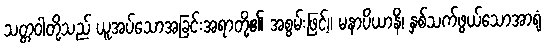
သတ္တဝါတို့သည် ယူအပ်သောအခြင်းအရာတို့၏ အစွမ်းဖြင့်။ မနာပိယာနိ၊ နှစ်သက်ဖွယ်သောအာရုံ